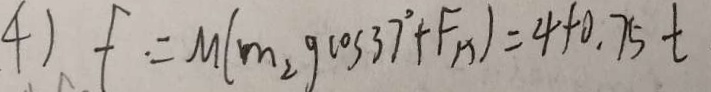
4 ) f = M ( m _ { 2 } g \cos 3 7 ^ { \circ } + F _ { 1 x } ) = 4 + 0 . 7 5 t